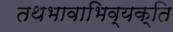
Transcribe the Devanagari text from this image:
तथभावाभिव्यक्ति